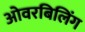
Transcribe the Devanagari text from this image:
ओवरबिलिंग